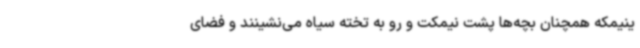
ینیمکه همچنان بچه‌ها پشت نیمکت و رو به تخته سیاه می‌نشینند و فضای